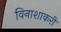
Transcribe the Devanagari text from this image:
विनाशाकरी